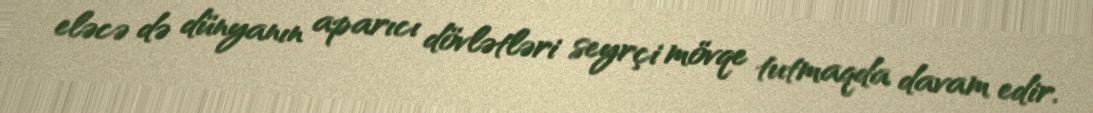
eləcə də dünyanın aparıcı dövlətləri seyrçi mövqe tutmaqda davam edir.